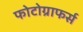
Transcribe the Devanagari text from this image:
फोटोग्राफर्स